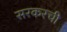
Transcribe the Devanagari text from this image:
सरकरची